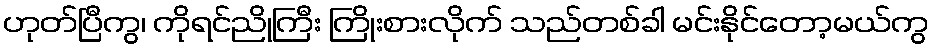
ဟုတ်ပြီကွ၊ ကိုရင်ညိုကြီး ကြိုးစားလိုက် သည်တစ်ခါ မင်းနိုင်တော့မယ်ကွ